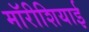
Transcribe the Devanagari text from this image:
मॉरीशियाई